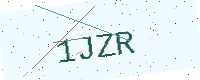
Text: 1JZR